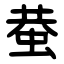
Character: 蛬